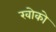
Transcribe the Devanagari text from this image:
खोको